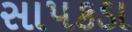
સાપકડા